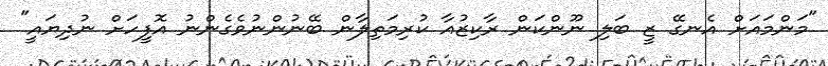
"މަންމައަށް އެނގޭ ޒީ ބަލި ނޫންކަން ރާކިޒުއާ ކުރިމަތިލާން ބޭނުންނުވެގެންނު އޮފީހަށް ނުދިޔައީ"